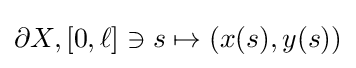
\partial X,[0,\ell ]\ni s\mapsto (x(s),y(s))